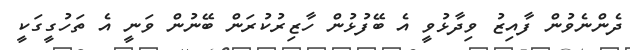
ދެންނެވުން ފާއިޒު ވިދާޅުވީ އެ ބޭފުޅުން ހާޒިރުކުރަން ބޭނުން ވަނީ އެ ތަހުގީގަކީ